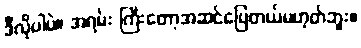
ဒီလိုပါပဲ။ အရမ်း ကြီးတော့အဆင်ပြေတယ်မဟုတ်ဘူး။